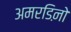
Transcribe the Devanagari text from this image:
अमरडिऩो